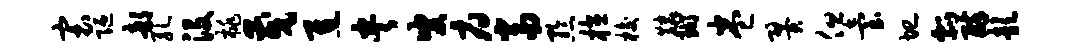
寰陋部孔没桃茂焦央叟府当黔植梭麟瑚卷翼但台圮瓢醉歆